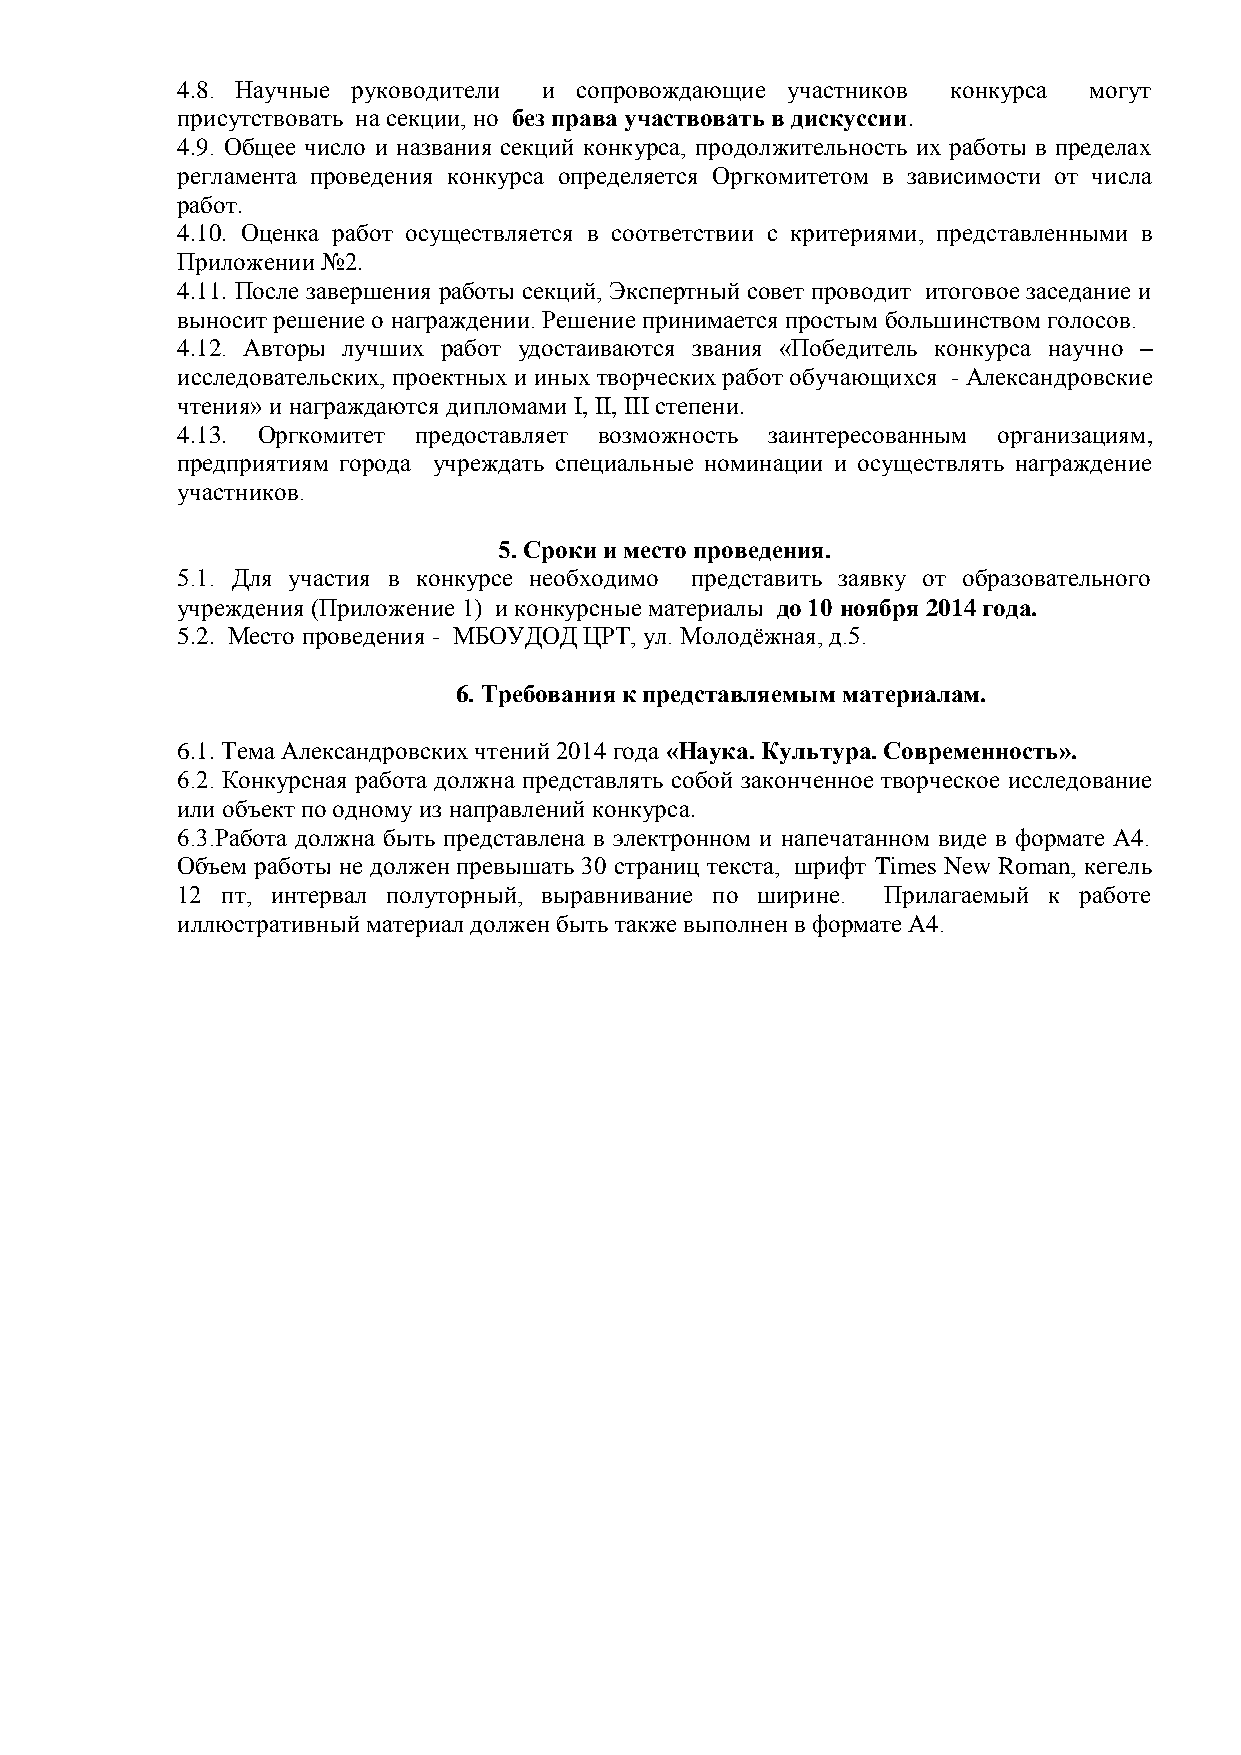
4.8. Научные руководители и сопровождающие участников конкурса могут
 присутствовать на секции, но без права участвовать в дискуссии.
 4.9. Общее число и названия секций конкурса, продолжительность их работы в пределах
 регламента проведения конкурса определяется Оргкомитетом в зависимости от числа
 работ.
 4.10. Оценка работ осуществляется в соответствии с критериями, представленными в
 Приложении №2.
 4.11. После завершения работы секций, Экспертный совет проводит итоговое заседание и
 выносит решение о награждении. Решение принимается простым большинством голосов.
 4.12. Авторы лучших работ удостаиваются звания «Победитель конкурса научно –
 исследовательских, проектных и иных творческих работ обучающихся - Александровские
 чтения» и награждаются дипломами I, II, III степени.
 4.13. Оргкомитет предоставляет возможность заинтересованным организациям,
 предприятиям города учреждать специальные номинации и осуществлять награждение
 участников.
 5. Сроки и место проведения.
 5.1. Для участия в конкурсе необходимо представить заявку от образовательного
 учреждения (Приложение 1) и конкурсные материалы до 10 ноября 2014 года.
 5.2. Место проведения - МБОУДОД ЦРТ, ул. Молодѐжная, д.5.
 6. Требования к представляемым материалам.
 6.1. Тема Александровских чтений 2014 года «Наука. Культура. Современность».
 6.2. Конкурсная работа должна представлять собой законченное творческое исследование
 или объект по одному из направлений конкурса.
 6.3.Работа должна быть представлена в электронном и напечатанном виде в формате А4.
 Объем работы не должен превышать 30 страниц текста, шрифт Times New Roman, кегель
 12 пт, интервал полуторный, выравнивание по ширине. Прилагаемый к работе
 иллюстративный материал должен быть также выполнен в формате А4.